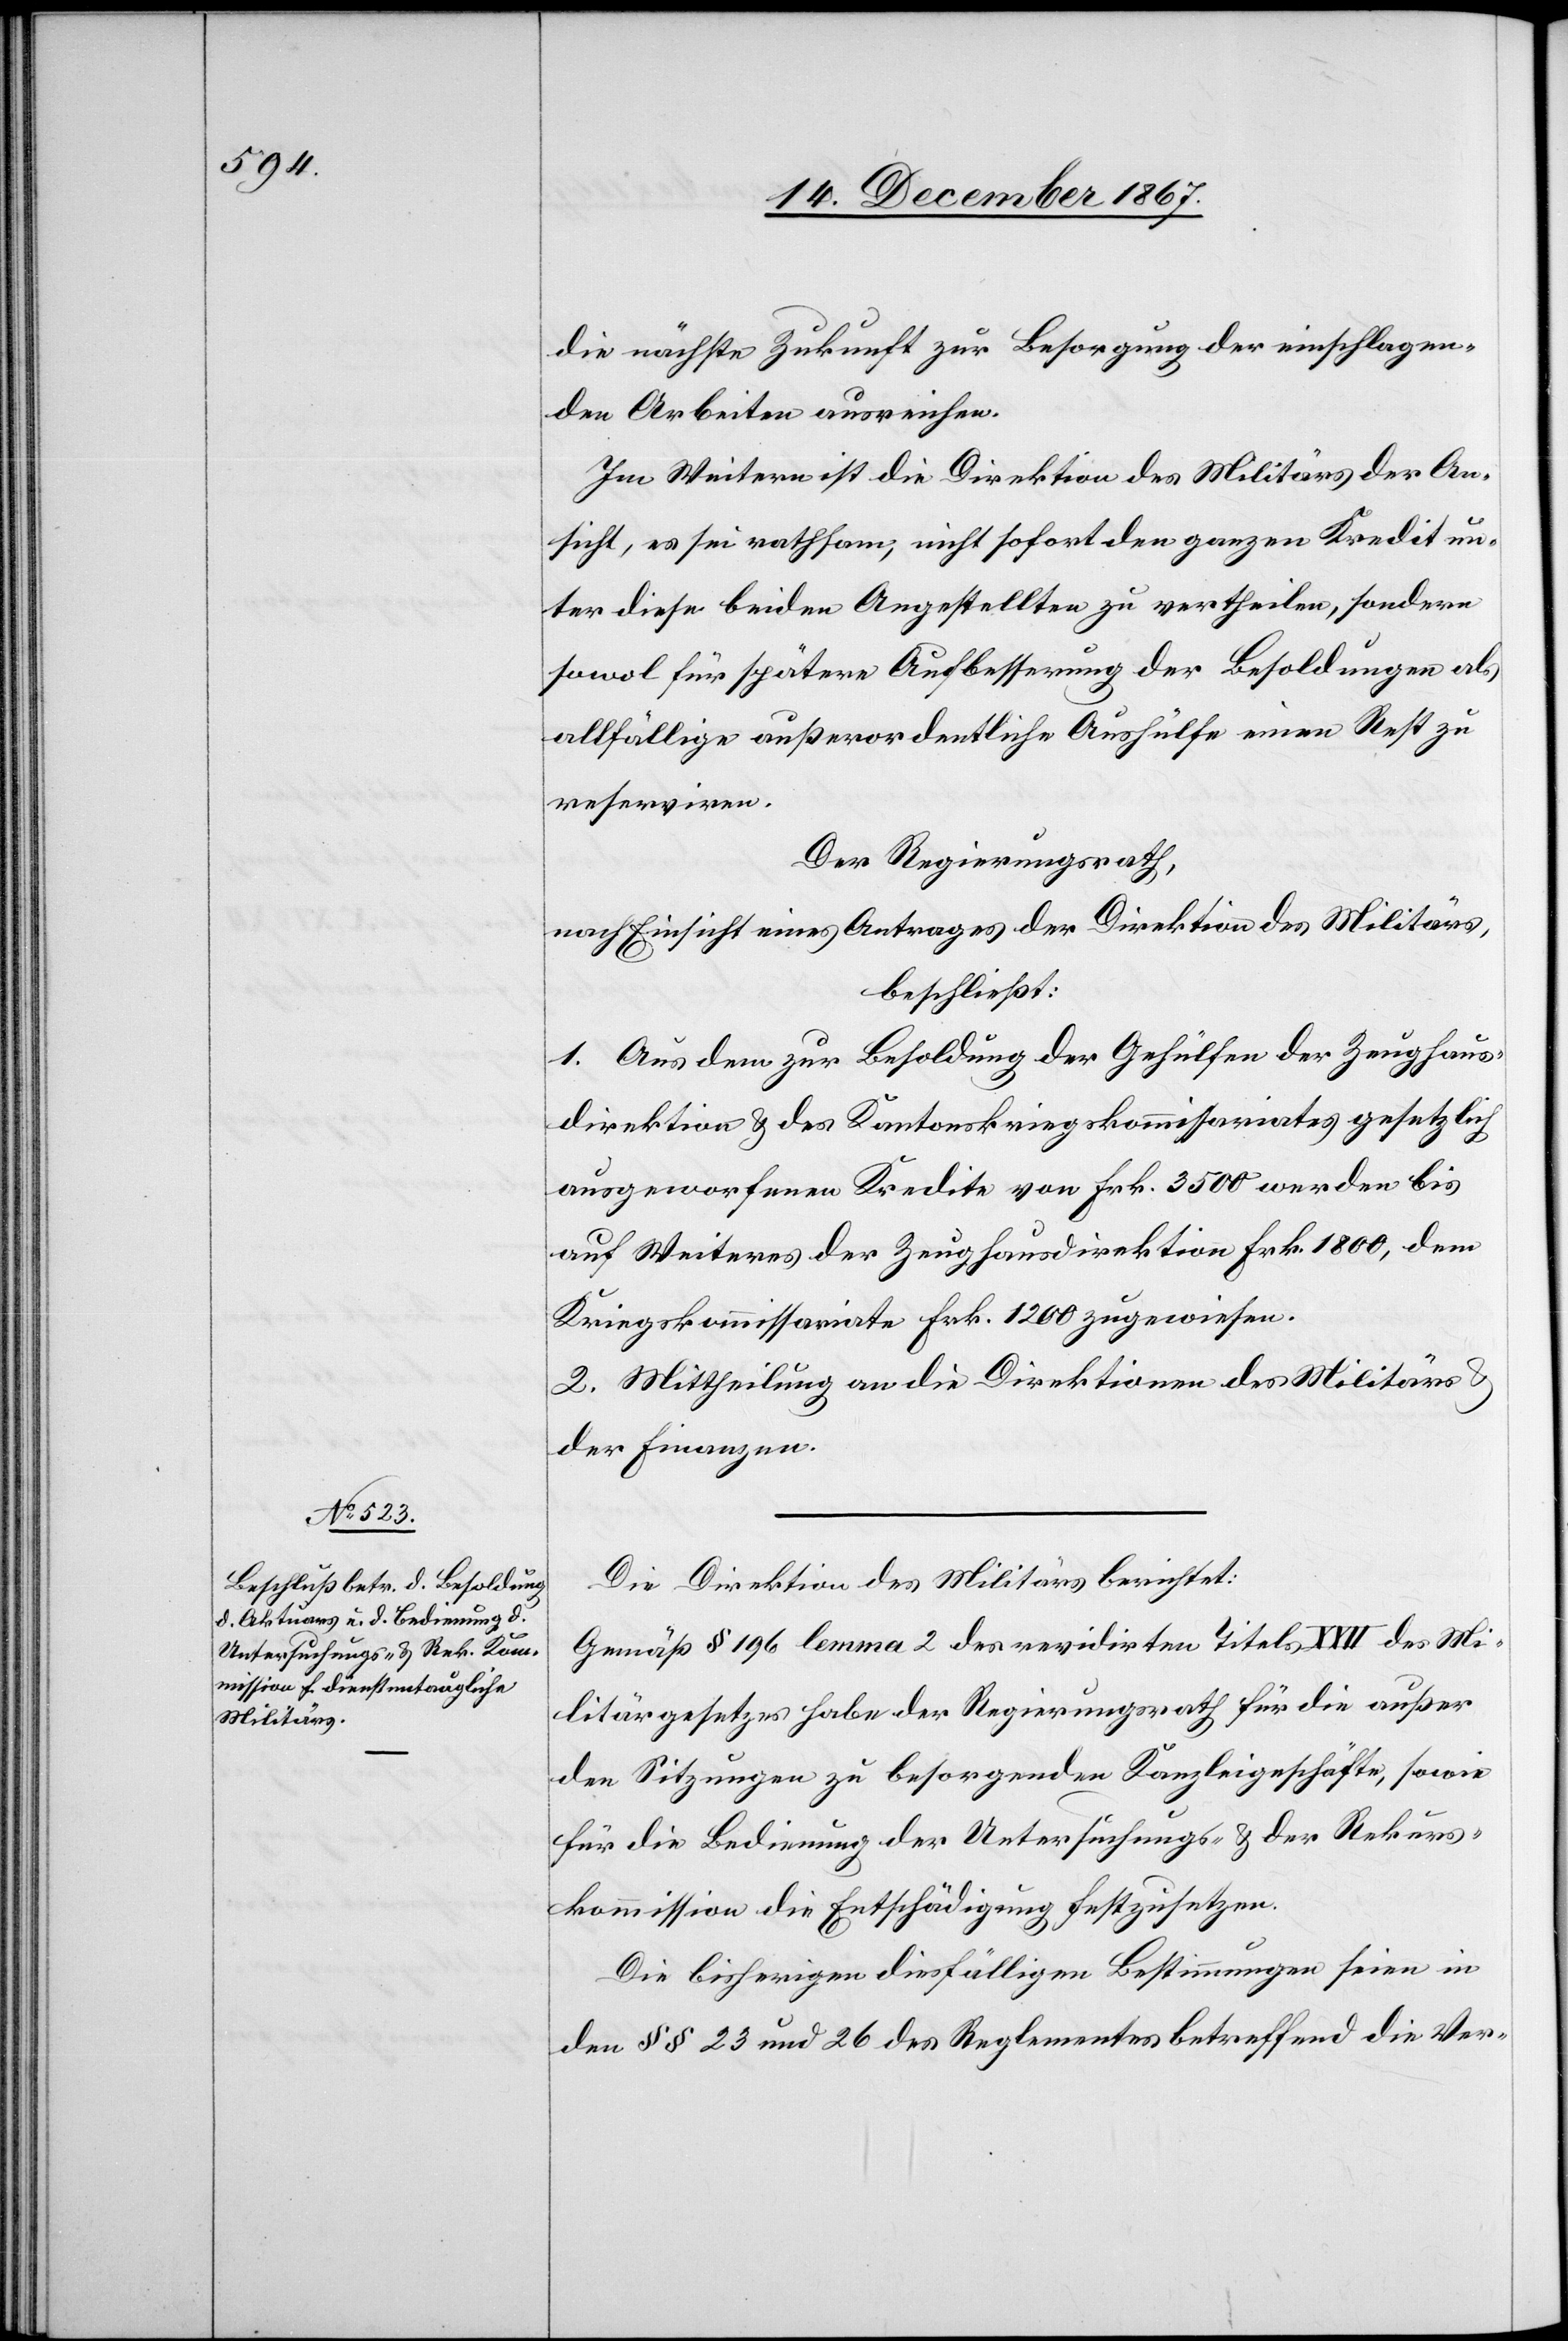
die nächste Zukunft zur Besorgung der einschlagen¬
den Arbeiten ausreichen.
Im Weitern ist die Direktion des Militärs der An¬
sicht, es sei rathsam, nicht sofort den ganzen Kredit un¬
ter diese beiden Angestellten zu vertheilen, sondern
sowol für spätere Aufbesserung der Besoldungen als
allfällige außerordentliche Aushülfe einen Rest zu
reserviren.
Der Regierungsrath,
nach Einsicht eines Antrages der Direktion des Militärs,
beschließt:
1. Aus dem zur Besoldung der Gehülfen der Zeughaus¬
direktion u. des Kantonskriegskommissariates gesetzlich
ausgeworfenen Kredite von Frk. 3500 werden bis
auf Weiteres der Zeughausdirektion Frk. 1800, dem
Kriegskommissariate Frk. 1200 zugewiesen.
2. Mittheilung an die Direktionen des Militärs u.
der Finanzen.
Die Direktion des Militärs berichtet:
Gemäß § 196 lemma 2 des revidirten Titels XXII des Mi¬
litärgesetzes habe der Regierungsrath für die außer
den Sitzungen zu besorgenden Kanzleigeschäfte, sowie
für die Bedienung der Untersuchungs- u. der Rekurs¬
kommission die Entschädigung festzusetzen.
Die bisherigen diesfälligen Bestimmungen seien in
den § § 23 und 26 des Reglementes betreffend die Ver-